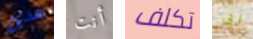
هدئ أنت تكلف ابى